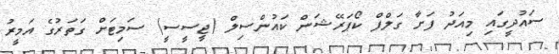
ސައުދީގައި މިއަދު ފަށާ ގަލްފް ކޯޕަރޭޝަން ކައުންސިލް (ޖީސީސީ) ސަމިޓަށް ގަތަރުގެ އަމީރު